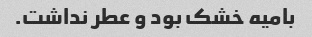
بامیه خشک‌ بود و عطر نداشت.